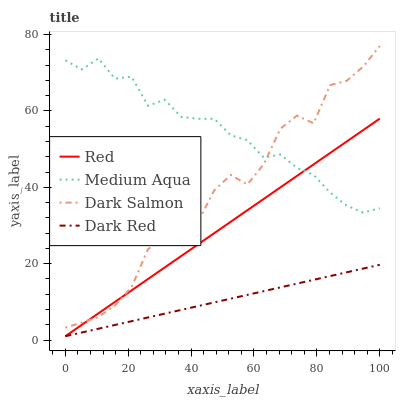
| xaxis_label | Red | Medium Aqua | Dark Salmon | Dark Red |
 | --- | --- | --- | --- | --- |
 | 0 | 1 | 73.3 | 3.26 | 1 |
 | 5.26 | 4 | 70.9 | 4.58 | 1.98 |
 | 10.5 | 7 | 73.7 | 6.02 | 2.97 |
 | 15.8 | 10 | 68.4 | 9.06 | 3.95 |
 | 21.1 | 13 | 69 | 13.9 | 4.94 |
 | 26.3 | 16 | 61.4 | 23.8 | 5.92 |
 | 31.6 | 19 | 63 | 26.5 | 6.91 |
 | 36.8 | 22 | 58.4 | 31.3 | 7.89 |
 | 42.1 | 25 | 58 | 30.8 | 8.88 |
 | 47.4 | 28 | 57.9 | 39.2 | 9.86 |
 | 52.6 | 31 | 53.6 | 43.2 | 10.8 |
 | 57.9 | 34 | 52.3 | 40.7 | 11.8 |
 | 63.2 | 37 | 47.8 | 46.1 | 12.8 |
 | 68.4 | 40 | 48.6 | 55.4 | 13.8 |
 | 73.7 | 43 | 45.1 | 58.8 | 14.8 |
 | 78.9 | 46 | 43.2 | 56.7 | 15.8 |
 | 84.2 | 49 | 38.6 | 66.8 | 16.8 |
 | 89.5 | 52 | 35.2 | 67.9 | 17.7 |
 | 94.7 | 55 | 33.4 | 71.6 | 18.7 |
 | 100 | 58 | 34.5 | 77 | 19.7 |